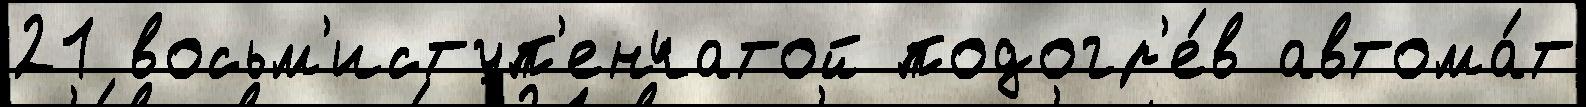
21 восьм'иступ'енчатой подогр'е́в автома́т